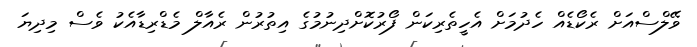
ވޭލްސްއަށް ރެކޯޑެއް ހެދުމަށް އެހީތެރިކަން ފޯރުކޮށްދިނުމުގެ އިތުރުން ރެއާލް މެޑްރިޑާއެކު ވެސް މިދިޔަ